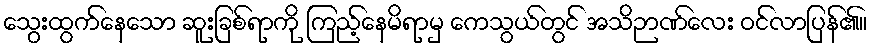
သွေးထွက်နေသော ဆူးခြစ်ရာကို ကြည့်နေမိရာမှ ကေသွယ်တွင် အသိဉာဏ်လေး ဝင်လာပြန်၏။